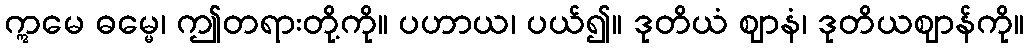
ဣမေ ဓမ္မေ၊ ဤတရားတို့ကို။ ပဟာယ၊ ပယ်၍။ ဒုတိယံ ဈာနံ၊ ဒုတိယဈာန်ကို။